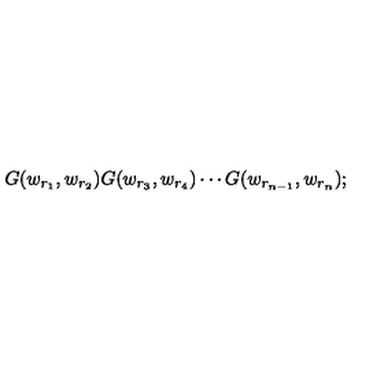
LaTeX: G ( w _ { r _ { 1 } } , w _ { r _ { 2 } } ) G ( w _ { r _ { 3 } } , w _ { r _ { 4 } } ) \cdots G ( w _ { r _ { n - 1 } } , w _ { r _ { n } } ) ;